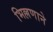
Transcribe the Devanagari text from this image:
भिल्लणाने